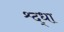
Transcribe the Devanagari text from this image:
श्र्द्धा